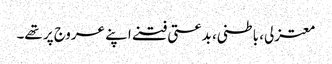
معتزلی، باطنی، بدعتی فتنے اپنے عروج پر تھے۔